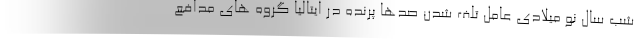
شب سال نو میلادی عامل تلف شدن صدها پرنده در ایتالیا گروه های مدافع